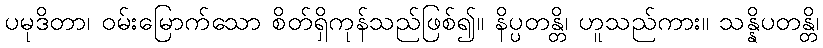
ပမုဒိတာ၊ ဝမ်းမြောက်သော စိတ်ရှိကုန်သည်ဖြစ်၍။ နိပ္ပတန္တိ၊ ဟူသည်ကား။ သန္နိပတန္တိ၊